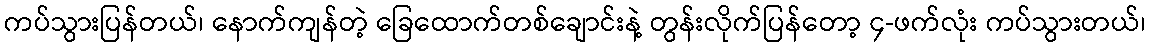
ကပ်သွားပြန်တယ်၊ နောက်ကျန်တဲ့ ခြေထောက်တစ်ချောင်းနဲ့ တွန်းလိုက်ပြန်တော့ ၄-ဖက်လုံး ကပ်သွားတယ်၊